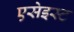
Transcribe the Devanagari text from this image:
एसेइस्ट